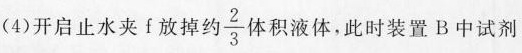
(4)开启止水夹f放掉约\frac{2}{3}体积液体，此时装置B中试剂